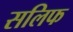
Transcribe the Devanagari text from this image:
सलिफ